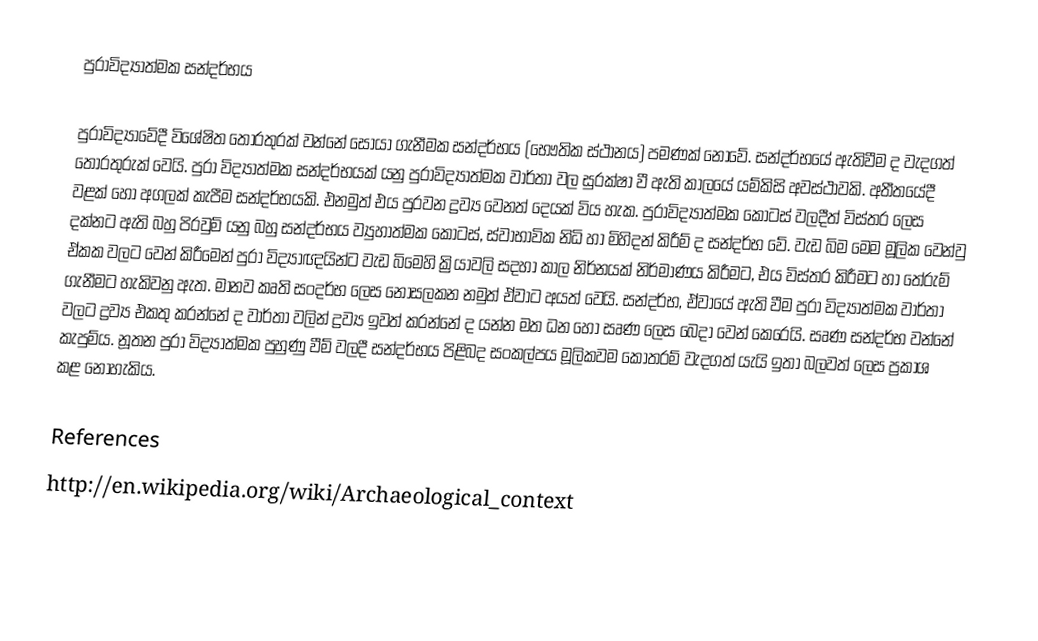
පුරාවිද්‍යාත්මක සන්දර්භය

පුරාවිද්‍යාවේදී විශේෂිත තොරතුරක් වන්නේ සොයා ගැනීමක සන්දර්භය (භෞතික ස්ථානය) පමණක් නොවේ. සන්දර්භයේ ඇතිවීම ද වැදගත් තොරතුරුක් වෙයි. පුරා විද්‍යාත්මක සන්දර්භයක් යනු පුරාවිද්‍යාත්මක වාර්තා වල සුරක්ෂා වී ඇති කාලයේ යම්කිසි අවස්ථාවකි. අතීතයේදී වළක් හෝ අගලක් කැපීම සන්දර්භයකි. එනමුත් එය පුරවන ද්‍රව්‍ය වෙනත් දෙයක් විය හැක. පුරාවිද්‍යාත්මක කොටස් වලදීත් විස්තර ලෙස දක්නට ඇති බහු පිරවුම් යනු බහු සන්දර්භය ව්‍යුහාත්මක කොටස්, ස්වාභාවික නිධි හා මිහිදන් කිරීම් ද සන්දර්භ ‍වේ. වැඩ බිම මෙම මූලික වෙන්වු ඒකක වලට වෙන් කිරීමෙන් පුරා විද්‍යාඥයින්ට වැඩ බිමෙහි ක්‍රියාවලි සදහා කාල නිර්නයක් නිර්මාණය කිරීමට, එය විස්තර කිරීමට හා ‍තේරුම් ගැනීමට හැකිවනු ඇත. මානව කෘති සංදර්භ ලෙස නොසලකන නමුත් ඒවාට අයත් වෙයි. සන්දර්භ, ඒවායේ ඇති වීම පුරා විද්‍යාත්මක වාර්තා වලට ද්‍රව්‍ය එකතු කරන්නේ ද වාර්තා වලින් ද්‍රව්‍ය ඉවත් කරන්නේ ද යන්න මත ධන හෝ සෘණ ලෙස බෙදා වෙන් කෙරෙයි. සෘණ සන්දර්භ වන්නේ කැපුම්ය. නූතන පුරා විද්‍යාත්මක පුහුණු වීම් වලදී සන්දර්භය පිළිබද සංකල්පය මූලිකවම කොතරම් වැදගත් යැයි ඉතා බලවත් ලෙස ප්‍රකාශ කළ නොහැකිය.

References
http://en.wikipedia.org/wiki/Archaeological_context